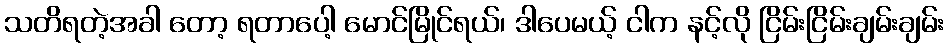
သတိရတဲ့အခါ တော့ ရတာပေါ့ မောင်မြိုင်ရယ်၊ ဒါပေမယ့် ငါက နင့်လို ငြိမ်းငြိမ်းချမ်းချမ်း